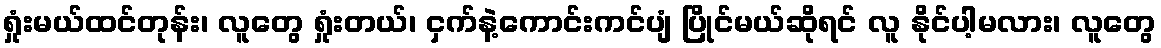
ရှုံးမယ်ထင်တုန်း၊ လူတွေ ရှုံးတယ်၊ ငှက်နဲ့ကောင်းကင်ပျံ ပြိုင်မယ်ဆိုရင် လူ နိုင်ပါ့မလား၊ လူတွေ